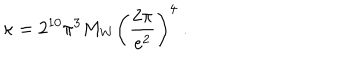
\kappa = 2 ^ { 1 0 } \pi ^ { 3 } M _ { W } \left( \frac { 2 \pi } { e ^ { 2 } } \right) ^ { 4 } \ .